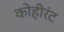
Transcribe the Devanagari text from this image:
कोहीरंट